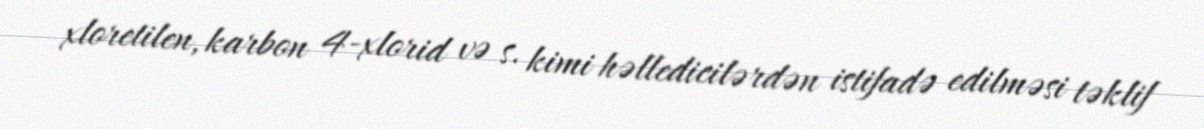
xloretilen, karbon 4-xlorid və s. kimi həlledicilərdən istifadə edilməsi təklif